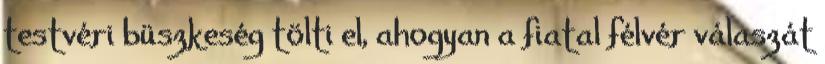
testvéri büszkeség tölti el, ahogyan a fiatal félvér válaszát